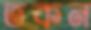
তকন